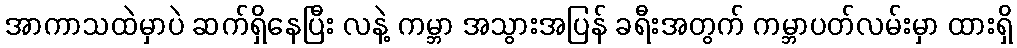
အာကာသထဲမှာပဲ ဆက်ရှိနေပြီး လနဲ့ ကမ္ဘာ အသွားအပြန် ခရီးအတွက် ကမ္ဘာပတ်လမ်းမှာ ထားရှိ